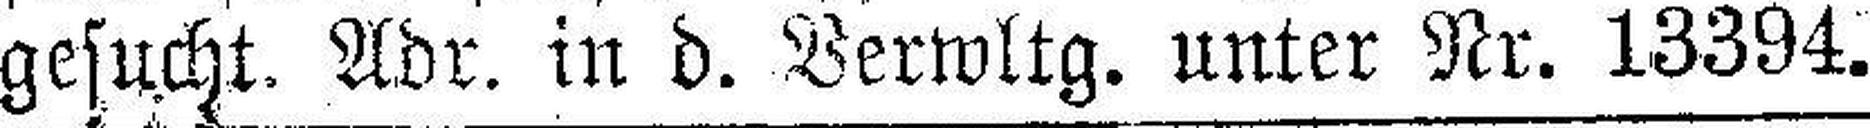
gesucht. Adr. in d. Verwltg. unter Nr. 13394.